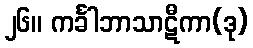
၂၆။ ကင်္ခါဘာသာဋီကာ(ဒု)